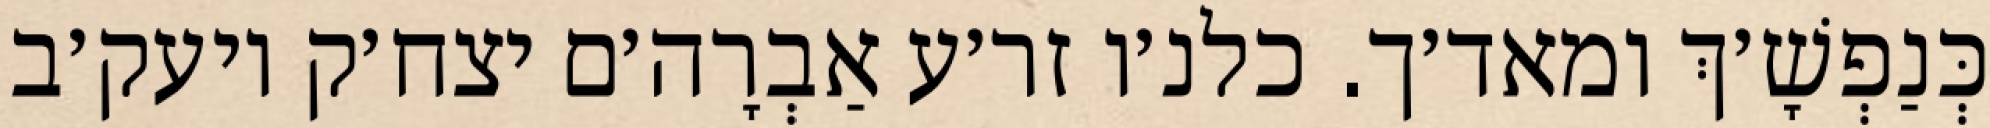
כְּנַפְשָׁ׳ךְ ומאד׳ך. כלנ׳ו זר׳ע אַבְרָה׳ם יצח׳ק ויעק׳ב